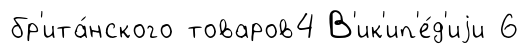
бр'ита́нского товаров4 В'ик'ип'е́д'иjи 6